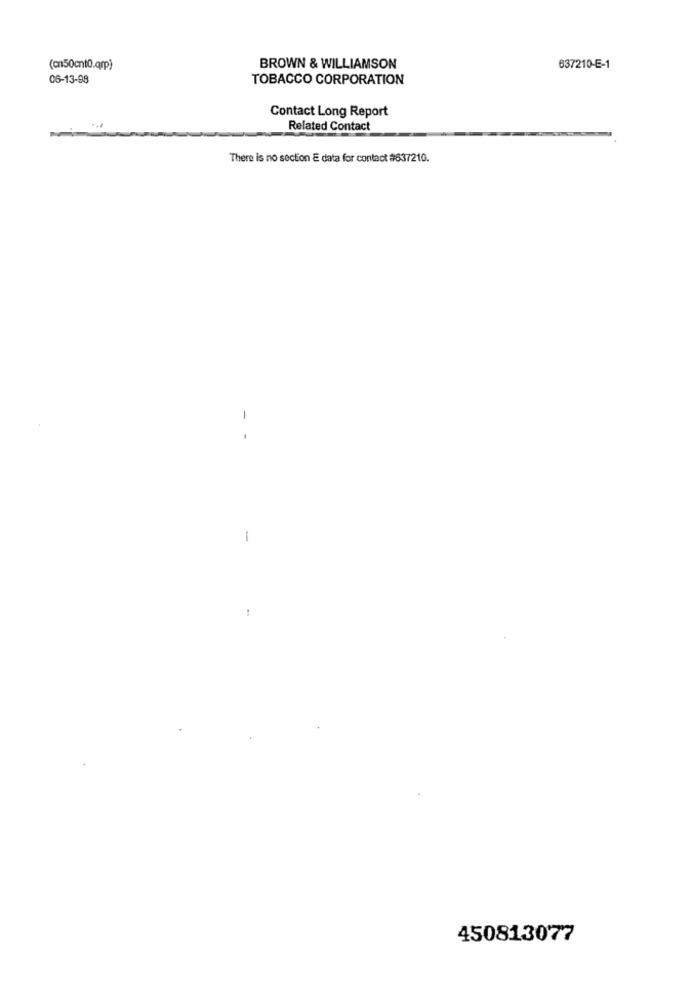
(cn50cntQ.qrp)
BROWN & WILLIAMSON
637210-E-1
06-13-88
TOBACCO CORPORATION
Contact Long Report
Related Contact
There is no section E data for contact #837210.
-
-
..
450813077